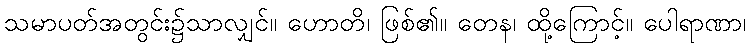
သမာပတ်အတွင်း၌သာလျှင်။ ဟောတိ၊ ဖြစ်၏။ တေန၊ ထို့ကြောင့်။ ပေါရာဏာ၊